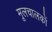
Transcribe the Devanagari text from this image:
मूलचालकों